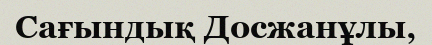
Сағындық Досжанұлы,